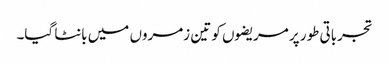
تجرباتی طور پر مریضوں کو تین زمروں میں بانٹا گیا۔